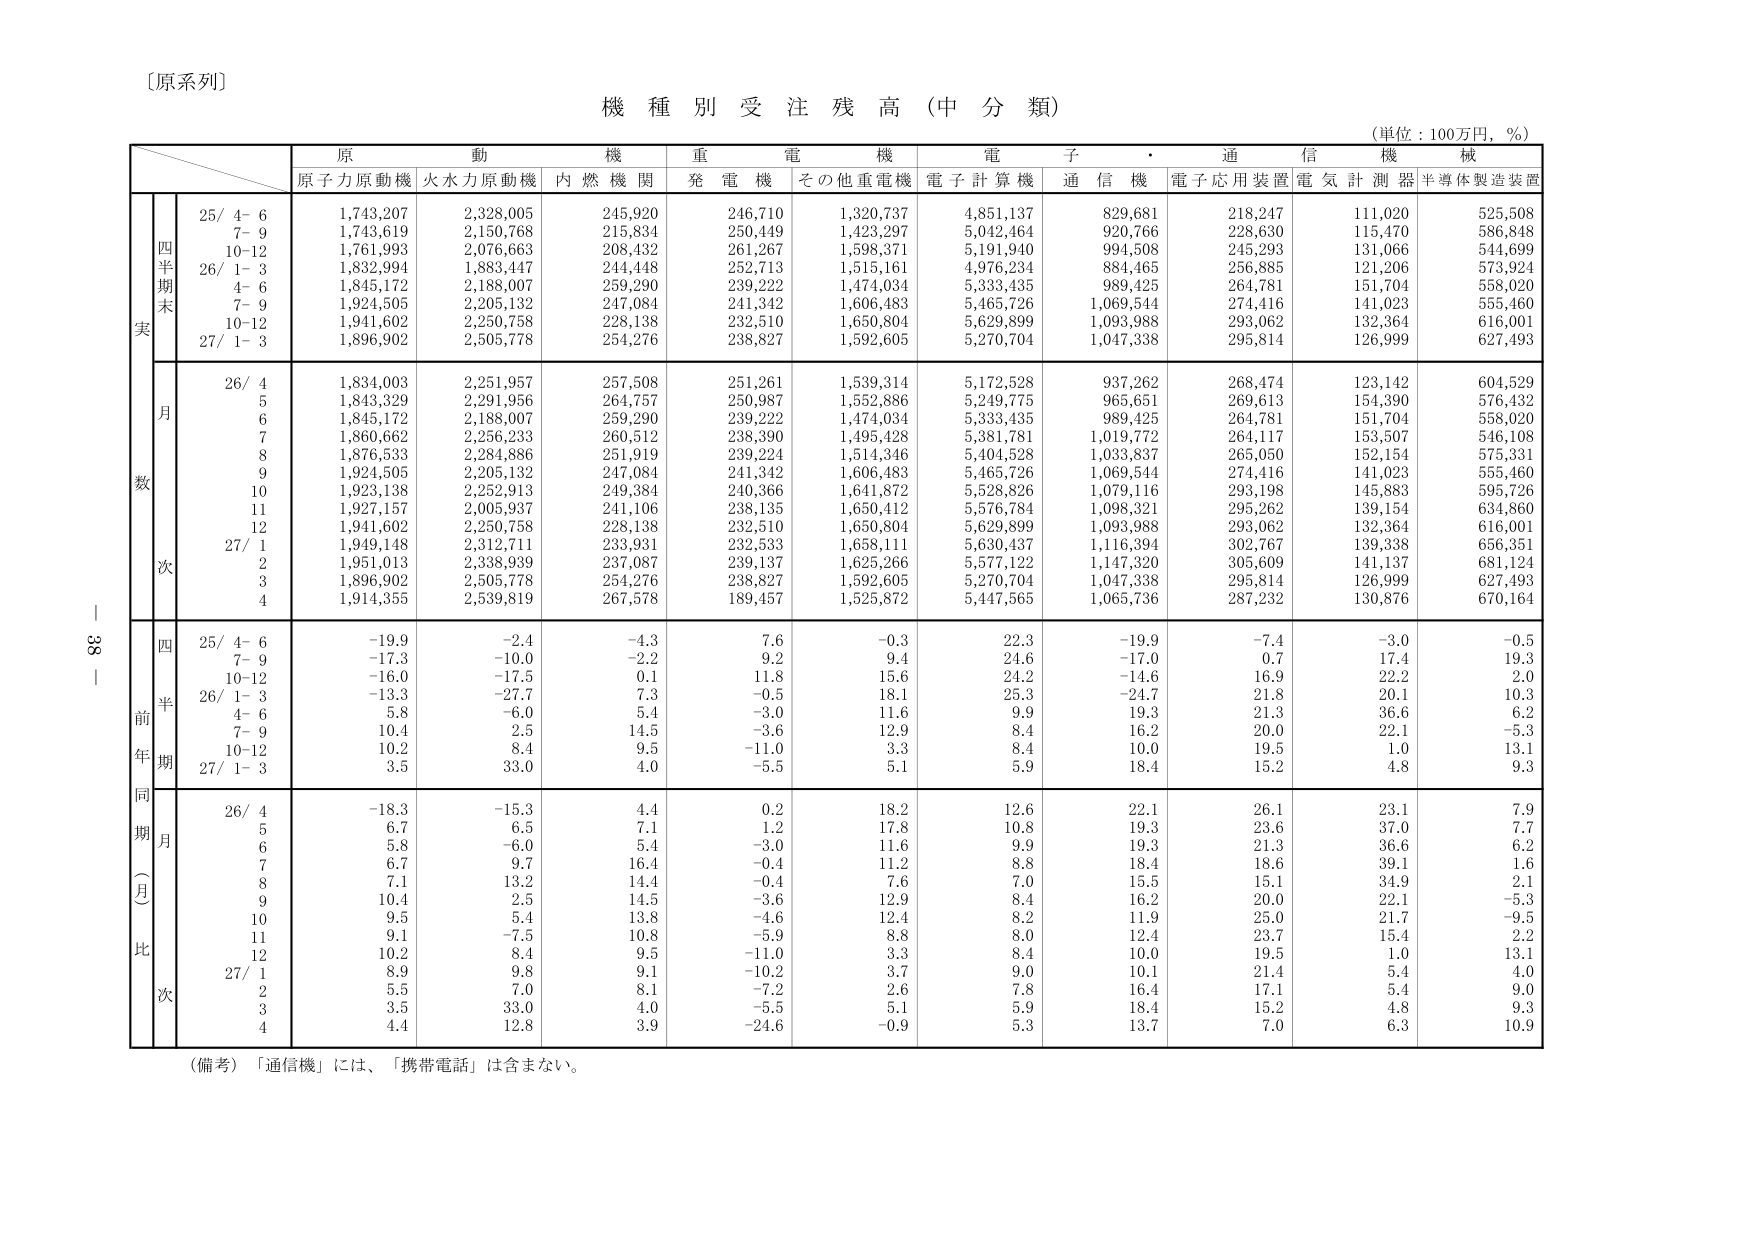
〔原系列〕

機 種 別 受 注 残 高（中 分 類）

（単位：100万円，％）

原 動 機 重 電 機 電 子 ・ 通 信 機 械
原子力原動機 火水力原動機 内燃機関 発電機 その他重電機 電子計算機 通信機 電子応用装置 電気計測器 半導体製造装置

四半期末
実
25/ 4- 6 1,743,207 2,328,005 245,920 246,710 1,320,737 4,851,137 829,681 218,247 111,020 525,508
7- 9 1,743,619 2,150,768 215,834 250,449 1,423,297 5,042,464 920,766 228,630 115,470 586,848
10-12 1,761,993 2,076,663 208,432 261,267 1,598,371 5,191,940 994,508 245,293 131,066 544,699
26/ 1- 3 1,832,994 1,883,447 244,448 252,713 1,515,161 4,976,234 884,465 256,885 121,206 573,924
4- 6 1,845,172 2,188,007 259,290 239,222 1,474,034 5,333,435 989,425 264,781 151,704 558,020
7- 9 1,924,505 2,205,132 247,084 241,342 1,606,483 5,465,726 1,069,544 274,416 141,023 555,460
10-12 1,941,602 2,250,758 228,138 232,510 1,650,804 5,629,899 1,093,988 293,062 132,364 616,001
27/ 1- 3 1,896,902 2,505,778 254,276 238,827 1,592,605 5,270,704 1,047,338 295,814 126,999 627,493

月
数
26/ 4 1,834,003 2,251,957 257,508 251,261 1,539,314 5,172,528 937,262 268,474 123,142 604,529
5 1,843,329 2,291,956 264,757 250,987 1,552,886 5,249,775 965,651 269,613 154,390 576,432
6 1,845,172 2,188,007 259,290 239,222 1,474,034 5,333,435 989,425 264,781 151,704 558,020
7 1,860,662 2,256,233 260,512 238,390 1,495,428 5,381,781 1,019,772 264,117 153,507 546,108
8 1,876,533 2,284,886 251,919 239,224 1,514,346 5,404,528 1,033,837 265,050 152,154 575,331
9 1,924,505 2,205,132 247,084 241,342 1,606,483 5,465,726 1,069,544 274,416 141,023 555,460
10 1,923,138 2,252,913 249,384 240,366 1,641,872 5,528,826 1,079,116 293,198 145,883 595,726
11 1,927,157 2,005,937 241,106 238,135 1,650,412 5,576,784 1,098,321 295,262 139,154 634,860
12 1,941,602 2,250,758 228,138 232,510 1,650,804 5,629,899 1,093,988 293,062 132,364 616,001
27/ 1 1,949,148 2,312,711 233,931 232,533 1,658,111 5,630,437 1,116,394 302,767 139,338 656,351
2 1,951,013 2,338,939 237,087 239,137 1,625,266 5,577,122 1,147,320 305,609 141,137 681,124
3 1,896,902 2,505,778 254,276 238,827 1,592,605 5,270,704 1,047,338 295,814 126,999 627,493
4 1,914,355 2,539,819 267,578 189,457 1,525,872 5,447,565 1,065,736 287,232 130,876 670,164

四
半
期
前
年
同
期
比
25/ 4- 6 -19.9 -2.4 -4.3 7.6 -0.3 22.3 -19.9 -7.4 -3.0 -0.5
7- 9 -17.3 -10.0 -2.2 9.2 9.4 24.6 -17.0 0.7 17.4 19.3
10-12 -16.0 -17.5 0.1 11.8 15.6 24.2 -14.6 16.9 22.2 2.0
26/ 1- 3 -13.3 -27.7 7.3 -0.5 18.1 25.3 -24.7 21.8 20.1 10.3
4- 6 5.8 -6.0 5.4 -3.0 11.6 9.9 19.3 21.3 36.6 6.2
7- 9 10.4 2.5 14.5 -3.6 12.9 8.4 16.2 20.0 22.1 -5.3
10-12 10.2 8.4 9.5 -11.0 3.3 8.4 10.0 19.5 1.0 13.1
27/ 1- 3 3.5 33.0 4.0 -5.5 5.1 5.9 18.4 15.2 4.8 9.3

月
（
一
月
比
）
26/ 4 -18.3 -15.3 4.4 0.2 18.2 12.6 22.1 26.1 23.1 7.9
5 6.7 6.5 7.1 1.2 17.8 10.8 19.3 23.6 37.0 7.7
6 5.8 -6.0 5.4 -3.0 11.6 9.9 19.3 21.3 36.6 6.2
7 6.7 9.7 16.4 -0.4 11.2 8.8 18.4 18.6 39.1 1.6
8 7.1 13.2 14.4 -0.4 7.6 7.0 15.5 15.1 34.9 2.1
9 10.4 2.5 14.5 -3.6 12.9 8.4 16.2 20.0 22.1 -5.3
10 9.5 5.4 13.8 -4.6 12.4 8.2 11.9 25.0 21.7 -9.5
11 9.1 -7.5 10.8 -5.9 8.8 8.0 12.4 23.7 15.4 2.2
12 10.2 8.4 9.5 -11.0 3.3 8.4 10.0 19.5 1.0 13.1
27/ 1 8.9 9.8 9.1 -10.2 3.7 9.0 10.1 21.4 5.4 4.0
2 5.5 7.0 8.1 -7.2 2.6 7.8 16.4 17.1 5.4 9.0
3 3.5 33.0 4.0 -5.5 5.1 5.9 18.4 15.2 4.8 9.3
4 4.4 12.8 3.9 -24.6 -0.9 5.3 13.7 7.0 6.3 10.9

（備考）「通信機」には、「携帯電話」は含まない。